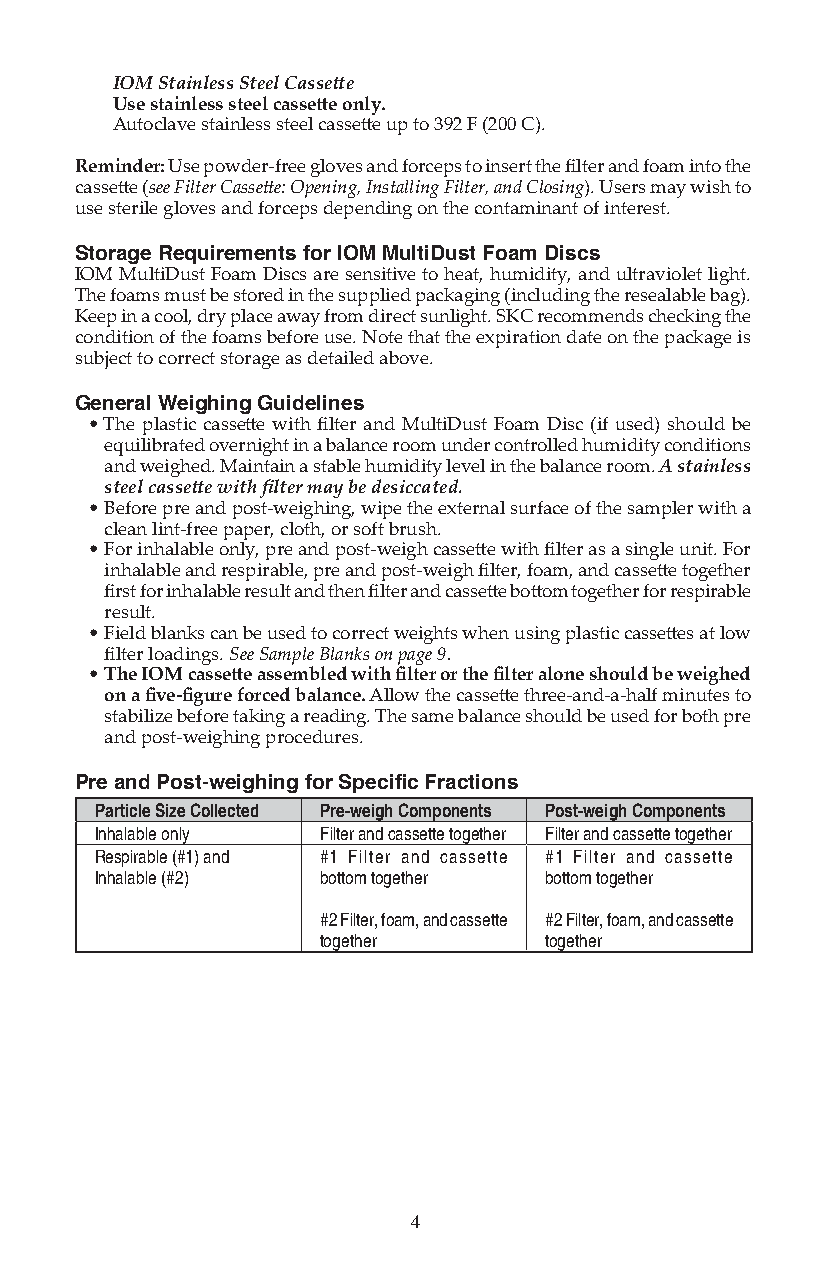
IOM Stainless Steel Cassett e
 Use stainless steel cassett e only.
 Autoclave stainless steel cassett e up to 392 F (200 C).
 Reminder: Use powder-free gloves and forceps to insert the fi lter and foam into the
 cassett e (see Filter Cassett e: Opening, Installing Filter, and Closing). Users may wish to
 use sterile gloves and forceps depending on the contaminant of interest.
 Storage Requirements for IOM MultiDust Foam Discs
 IOM MultiDust Foam Discs are sensitive to heat, humidity, and ultraviolet light.
 The foams must be stored in the supplied packaging (including the resealable bag).
 Keep in a cool, dry place away from direct sunlight. SKC recommends checking the
 condition of the foams before use. Note that the expiration date on the package is
 subject to correct storage as detailed above.
 General Weighing Guidelines
 • The plastic cassett e with fi lter and MultiDust Foam Disc (if used) should be
 equilibrated overnight in a balance room under controlled humidity conditions
 and weighed. Maintain a stable humidity level in the balance room. A stainless
 steel cassett e with fi lter may be desiccated.
 • Before pre and post-weighing, wipe the external surface of the sampler with a
 clean lint-free paper, cloth, or soft brush.
 • For inhalable only, pre and post-weigh cassett e with fi lter as a single unit. For
 inhalable and respirable, pre and post-weigh fi lter, foam, and cassett e together
 fi rst for inhalable result and then fi lter and cassett e bott om together for respirable
 result.
 • Field blanks can be used to correct weights when using plastic cassett es at low
 fi lter loadings. See Sample Blanks on page 9.
 • The IOM cassett e assembled with fi lter or the fi lter alone should be weighed
 on a fi ve-fi gure forced balance. Allow the cassett e three-and-a-half minutes to
 stabilize before taking a reading. The same balance should be used for both pre
 and post-weighing procedures.
 Pre and Post-weighing for Specifi c Fractions
 Particle Size Collected Pre-weigh Components Post-weigh Components
 Inhalable only Filter and cassette together Filter and cassette together
 Respirable (#1) and #1 Filter and cassette #1 Filter and cassette
 Inhalable (#2) bottom together bottom together
 #2 Filter, foam, and cassette #2 Filter, foam, and cassette
 together       together
 4